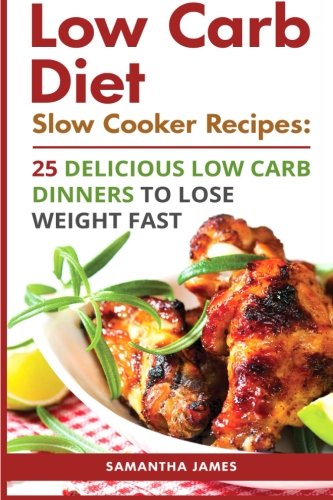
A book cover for Low Carb Diet. Slow Cooker Recipes: 25 Delicious Low Carb Dinners To Lose Weight Fast: (low carbohydrate, high protein, low carbohydrate foods, low ... Ketogenic Diet to Overcome Belly Fat); Samantha James; Cookbooks, Food & Wine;